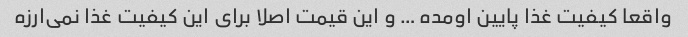
واقعا کیفیت غذا پایین اومده … و این قیمت اصلا برای این کیفیت غذا نمی‌ارزه